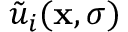
\tilde { u } _ { i } ( { \bf x } , \sigma )